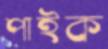
পাইক